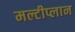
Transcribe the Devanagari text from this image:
मल्टीप्लान